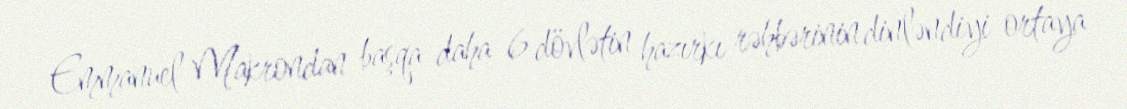
Emmanuel Makrondan başqa daha 6 dövlətin hazırkı rəhbərinin dinləndiyi ortaya